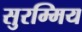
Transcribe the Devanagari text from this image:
सुरम्मिय